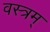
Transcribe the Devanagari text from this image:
वस्त्रम्‌